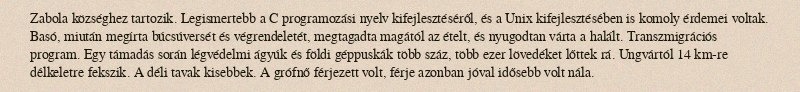
Zabola községhez tartozik. Legismertebb a C programozási nyelv kifejlesztéséről, és a Unix kifejlesztésében is komoly érdemei voltak. Basó, miután megírta búcsúversét és végrendeletét, megtagadta magától az ételt, és nyugodtan várta a halált. Transzmigrációs program. Egy támadás során légvédelmi ágyúk és földi géppuskák több száz, több ezer lövedéket lőttek rá. Ungvártól 14 km-re délkeletre fekszik. A déli tavak kisebbek. A grófnő férjezett volt, férje azonban jóval idősebb volt nála.